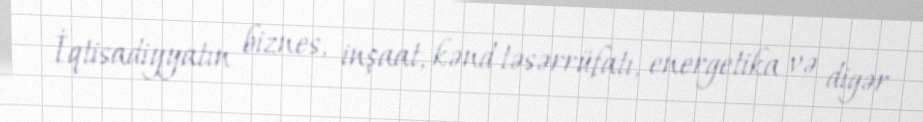
İqtisadiyyatın biznes, inşaat, kənd təsərrüfatı, energetika və digər